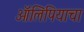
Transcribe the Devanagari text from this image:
ऑलिंपियाचा